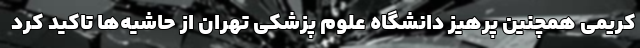
کریمی همچنین پرهیز دانشگاه علوم پزشکی تهران از حاشیه‌ها تاکید کرد